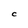
Character: C